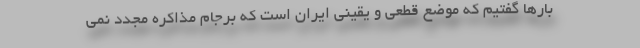
بارها گفتیم که موضع قطعی و یقینی ایران است که برجام مذاکره مجدد نمی